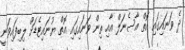
ދެ ވަނައިގައި އޮތް އާސެނަލް އާއި ތިން ވަނައިގައި އޮތް ޔުނައިޓެޑަށް ލިބިފައިވަނީ